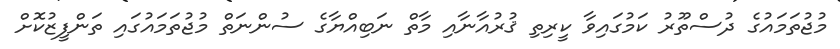
މުޖުތަމައުގެ ދުސްތޫރު ކަމުގައިވާ ކީރިތި ޤުރުއާނާއި މާތް ނަބިއްޔާގެ ސުންނަތް މުޖުތަމައުގައި ތަންފީޒުކޮށް